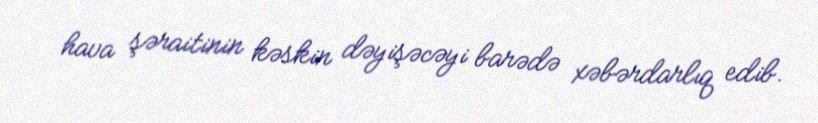
hava şəraitinin kəskin dəyişəcəyi barədə xəbərdarlıq edib.